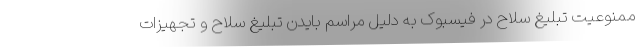
ممنوعیت تبلیغ سلاح در فیسبوک به دلیل مراسم بایدن تبلیغ سلاح و تجهیزات